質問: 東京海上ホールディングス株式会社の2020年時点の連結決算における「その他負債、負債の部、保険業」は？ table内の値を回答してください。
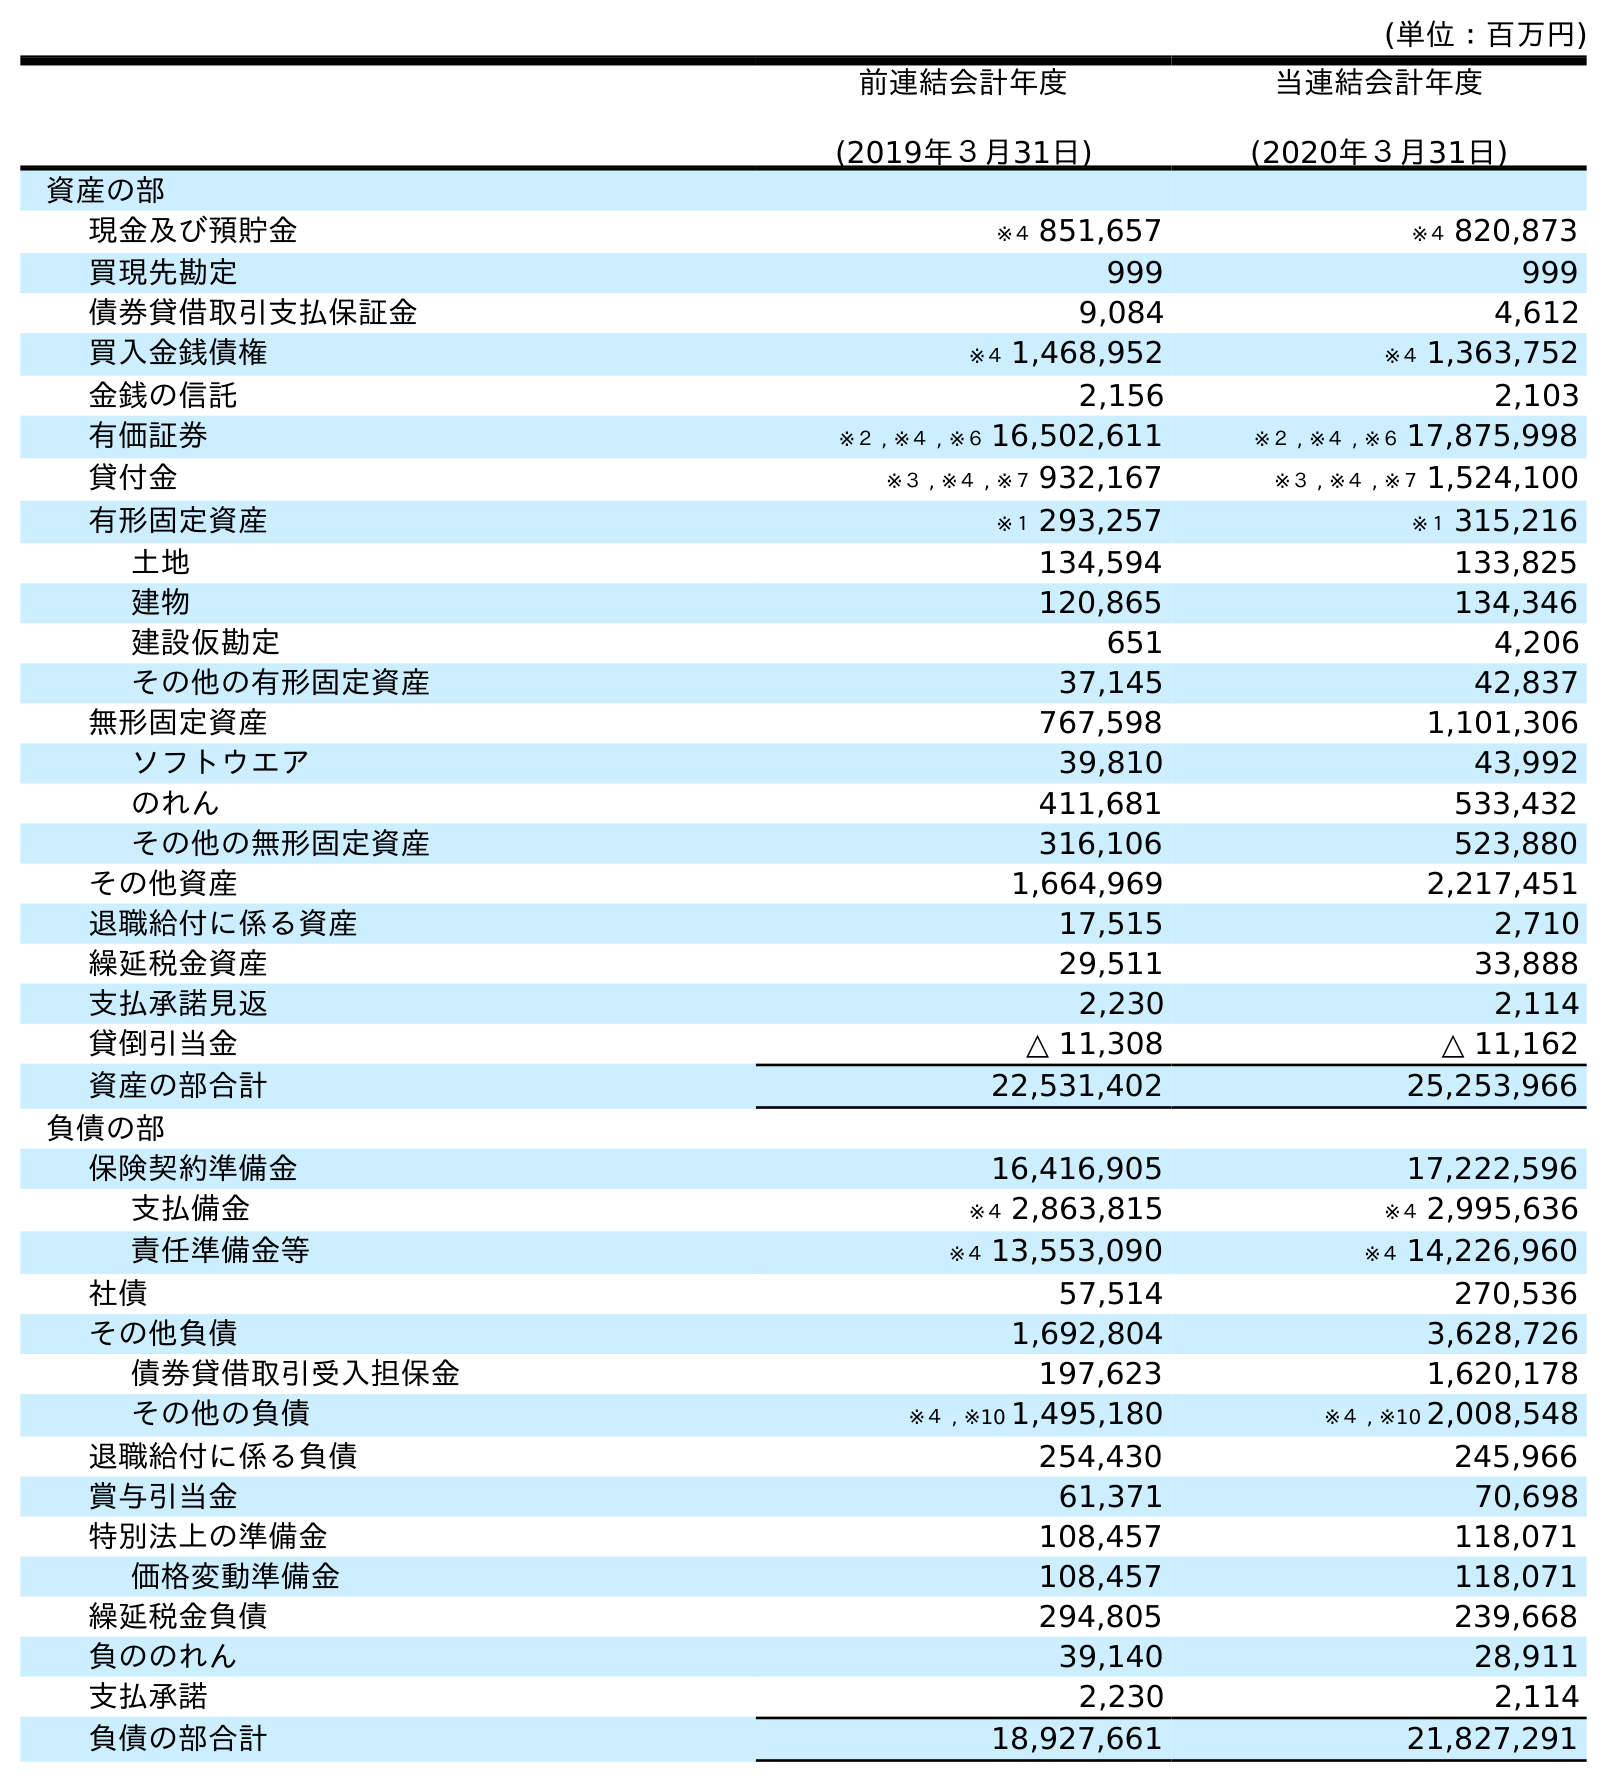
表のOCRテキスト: (単位：百万円) 前連結会計年度 (2019年３月31日) 当連結会計年度 (2020年３月31日) 資産の部 現金及び預貯金 ※４ 851,657 ※４ 820,873 買現先勘定 999 999 債券貸借取引支払保証金 9,084 4,612 買入金銭債権 ※４ 1,468,952 ※４ 1,363,752 金銭の信託 2,156 2,103 有価証券 ※２ , ※４ , ※６ 16,502,611 ※２ , ※４ , ※６ 17,875,998 貸付金 ※３ , ※４ , ※７ 932,167 ※３ , ※４ , ※７ 1,524,100 有形固定資産 ※１ 293,257 ※１ 315,216 土地 134,594 133,825 建物 120,865 134,346 建設仮勘定 651 4,206 その他の有形固定資産 37,145 42,837 無形固定資産 767,598 1,101,306 ソフトウエア 39,810 43,992 のれん 411,681 533,432 その他の無形固定資産 316,106 523,880 その他資産 1,664,969 2,217,451 退職給付に係る資産 17,515 2,710 繰延税金資産 29,511 33,888 支払承諾見返 2,230 2,114 貸倒引当金 △ 11,308 △ 11,162 資産の部合計 22,531,402 25,253,966 負債の部 保険契約準備金 16,416,905 17,222,596 支払備金 ※４ 2,863,815 ※４ 2,995,636 責任準備金等 ※４ 13,553,090 ※４ 14,226,960 社債 57,514 270,536 その他負債 1,692,804 3,628,726 債券貸借取引受入担保金 197,623 1,620,178 その他の負債 ※４ , ※10 1,495,180 ※４ , ※10 2,008,548 退職給付に係る負債 254,430 245,966 賞与引当金 61,371 70,698 特別法上の準備金 108,457 118,071 価格変動準備金 108,457 118,071 繰延税金負債 294,805 239,668 負ののれん 39,140 28,911 支払承諾 2,230 2,114 負債の部合計 18,927,661 21,827,291
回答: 3,628,726